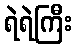
ရဲရဲကြီး